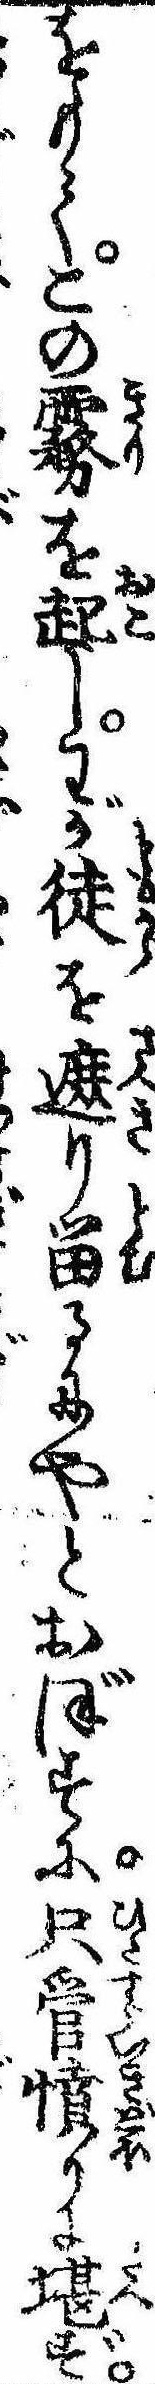
をもてこの霧を起しわが徒を遮り留るにやとおぼすに只管憤りに堪ず